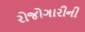
રોજોગારીની